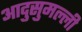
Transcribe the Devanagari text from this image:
आदुसुमल्ली